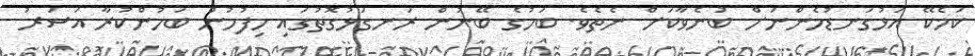
ކަމެކޭ އަޅުގަނޑުމެންނަށް ބުނެވާކަށް ނެތެވެ. ބަހުގެ ބޭނުން ރަނގަޅުގޮތުގައި ހިފުމުން ބަހުންކުރާ އަސަރު